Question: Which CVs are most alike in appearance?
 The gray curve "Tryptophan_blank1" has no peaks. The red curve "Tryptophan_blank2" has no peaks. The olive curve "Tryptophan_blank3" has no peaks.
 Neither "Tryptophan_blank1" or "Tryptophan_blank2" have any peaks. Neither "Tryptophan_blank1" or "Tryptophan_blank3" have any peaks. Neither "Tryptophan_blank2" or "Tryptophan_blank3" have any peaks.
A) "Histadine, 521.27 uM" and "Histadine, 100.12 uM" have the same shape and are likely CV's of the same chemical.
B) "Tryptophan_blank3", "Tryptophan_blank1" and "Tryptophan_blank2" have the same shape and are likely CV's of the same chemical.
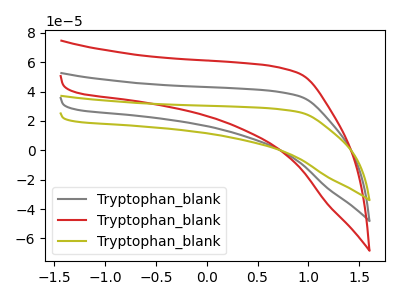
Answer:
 <answer>B) "Tryptophan_blank3", "Tryptophan_blank1" and "Tryptophan_blank2" have the same shape and are likely CV's of the same chemical.</answer>
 <eval>B</eval>